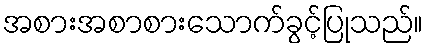
အစားအစာစားသောက်ခွင့်ပြုသည်။